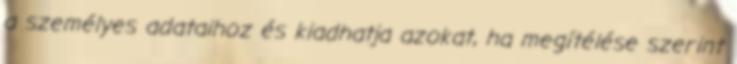
a személyes adataihoz és kiadhatja azokat, ha megítélése szerint